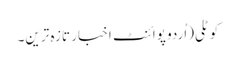
کوٹلی(اُردو پوائنٹ اخبار تازہ ترین۔